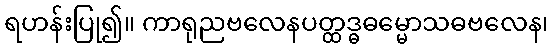
ရဟန်းပြု၍။ ကာရုညဗလေနပတ္ထဒ္ဓဓမ္မောသဓဗလေန၊